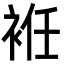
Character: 袵